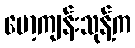
မော့ကျန်းသုန့်က